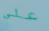
علي